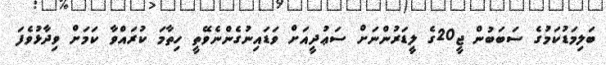
ބަލިމަޑުކަމުގެ ސަބަބުން ޖީ20ގެ ލީޑަރުންނަށް ސަޢުދީއަށް ވަޑައިނުގެންނެވޭތީ ހިތާމަ ކުރައްވާ ކަމަށް ވިދާޅުވެފަ